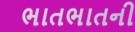
ભાતભાતની